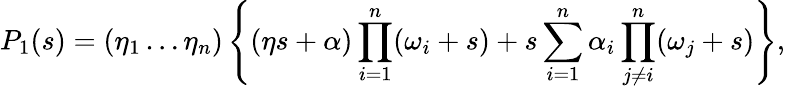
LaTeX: P_{1}(s)=(\eta_{1}\ldots\eta_{n})\left\{ (\eta s+\alpha)\prod_{i=1}^{n}(\omega_{i}+s)+s\sum_{i=1}^{n}\alpha_{i}\prod_{j\ne i}^{n}(\omega_{j}+s)\right\} ,